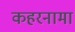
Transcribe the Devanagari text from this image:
कहरनामा